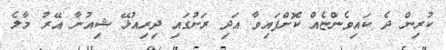
ކުރިން ދެ ކައިވެންޏެއް ކޮށްފައިވާ އަދި ރަށުގައި ދިރިއުޅޭ ޝިއުނާ އޭރު މާލެ